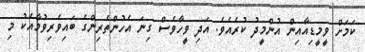
ކަމަށް ވީމީޑިއާއިން އުންމީދު ކުރެއެވެ. އަދި ވީހާވެސް ގިނަ އެހުންތެރިންގެ ބައިވެރިވުމާއެކު މި